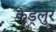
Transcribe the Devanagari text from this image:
कड्लुर